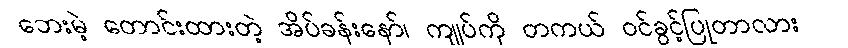
ဘေးမဲ့ တောင်းထားတဲ့ အိပ်ခန်းနော်၊ ကျုပ်ကို တကယ် ဝင်ခွင့်ပြုတာလား